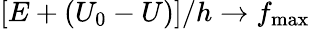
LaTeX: \left[E+(U_{0}-U)\right]/h\to f_{\textrm{max}}